Report of the King Institute of Preventive Medicine, Guindy
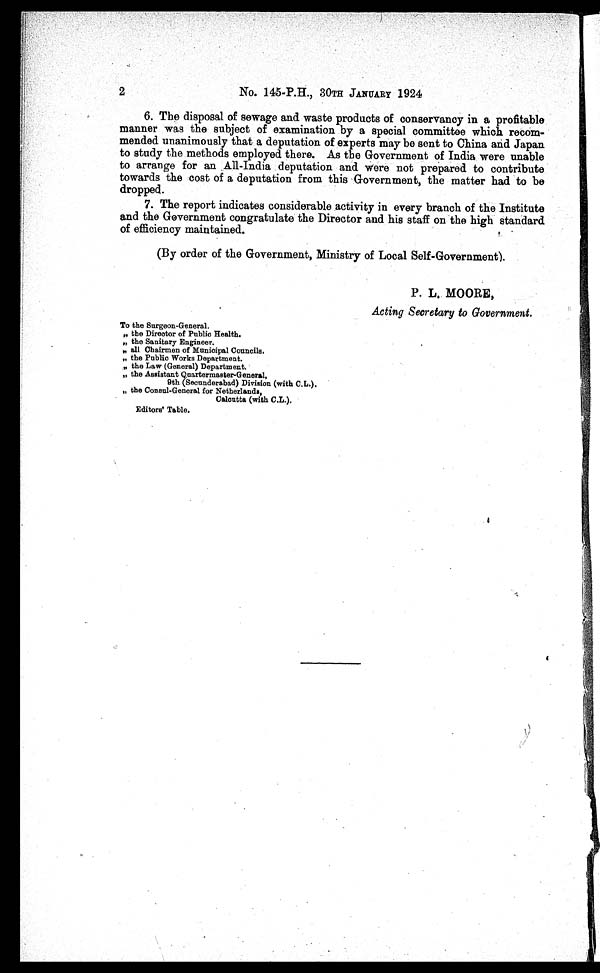
2
No. 145-P.H., 30TH JANUARY 1924
6. The disposal of sewage and waste products of conservancy in a profitable
manner was the subject of examination by a special committee which recom
-
mended unanimously that a deputation of experts may be sent to China and Japan
to study the methods employed there. As the Government of India were unable
to arrange for an All-India deputation and were not prepared to contribute
towards the cost of a deputation from this Government, the matter had to be
dropped.
7. The report indicates considerable activity in every branch of the Institute
and the Government congratulate the Director and his staff on the high standard
of efficiency maintained.
(By order of the Government, Ministry of Local Self-Government).
P. L. MOORE,
Acting Secretary to Government.
To the Surgeon-General
.
" the Director of Public Health.
" the Sanitary Engineer.
" all Chairmen of Municipal Councils.
" the Public Works Department.
" the Law (General) Department.
" the Assistant Quartermaster-General,
9th (Secunderabad) Division (with C.L.).
" the Consul-General for Netherlands,
Calcutta (with C.L.).
Editors' Table.